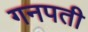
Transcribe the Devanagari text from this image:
गनपती